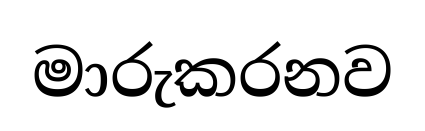
මාරුකරනව